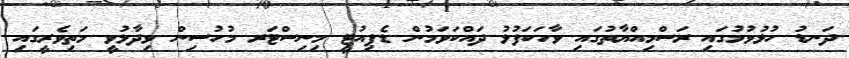
ދަނޑު ހުޅުވުމުގައި ރަސްމިއްޔާތުގައި ވާހަކަފުޅު ދައްކަވަމުން ޑެޕިއުޓީ މިނިސްޓަރ މުހުސިން ވިދާޅުވީ މަތިވެރީގައި